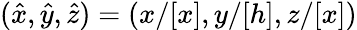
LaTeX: (\hat{x},\hat{y},\hat{z})=(x/[x],y/[h],z/[x])